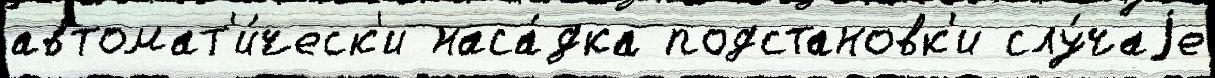
автомат'и́ческ'и наса́дка подстановк'и слу́чаjе